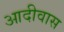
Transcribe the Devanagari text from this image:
आदीवास